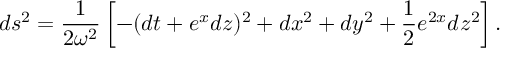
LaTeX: d s ^ { 2 } = \frac 1 { 2 \omega ^ { 2 } } \left[ - ( d t + e ^ { x } d z ) ^ { 2 } + d x ^ { 2 } + d y ^ { 2 } + \frac 1 2 e ^ { 2 x } d z ^ { 2 } \right] .